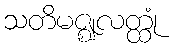
သတိမဇ္ဈလတ္ထုံ